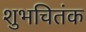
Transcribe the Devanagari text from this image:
शुभचितंक